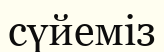
сүйеміз